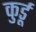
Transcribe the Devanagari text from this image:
कुर्डू